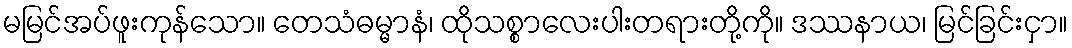
မမြင်အပ်ဖူးကုန်သော။ တေသံဓမ္မာနံ၊ ထိုသစ္စာလေးပါးတရားတို့ကို။ ဒဿနာယ၊ မြင်ခြင်းငှာ။